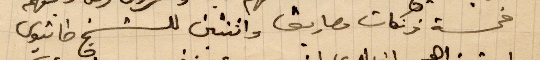
خمسة فرنكات مصاريف واثنتين للشيخ طانيوس